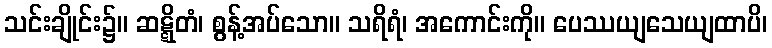
သင်းချိုင်း၌။ ဆဋ္ဋိတံ၊ စွန့်အပ်သော။ သရိရံ၊ အကောင်းကို။ ပေဿယျသေယျထာပိ၊